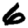
Digit: 6